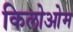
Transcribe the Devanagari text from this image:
किलोओम